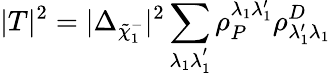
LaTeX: |T|^{2}=|\Delta_{\tilde{\chi}_{1}^{-}}|^{2}\sum_{\lambda_{1}\lambda_{1}^{'}}\rho_{P}^{\lambda_{1}\lambda_{1}^{\prime}}\rho_{\lambda_{1}^{\prime}\lambda_{1}}^{D}